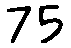
75